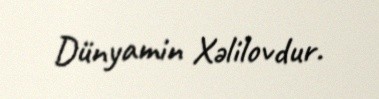
Dünyamin Xəlilovdur.